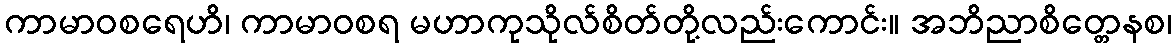
ကာမာဝစရေဟိ၊ ကာမာဝစရ မဟာကုသိုလ်စိတ်တို့လည်းကောင်း။ အဘိညာစိတ္တေနစ၊